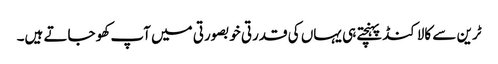
ٹرین سے کالاکنڈ پہنچتے ہی یہاں کی قدرتی خوبصورتی میں آپ کھو جاتے ہیں۔